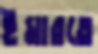
ইমারতে